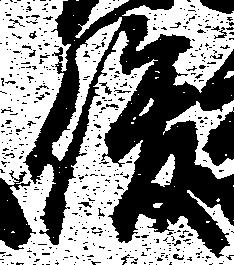
俊